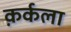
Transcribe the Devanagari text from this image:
क़र्कला